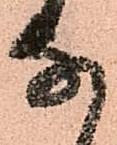
な